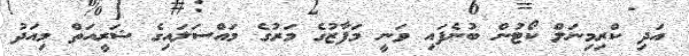
އަދި ކްރިމިނަލް ކޯޓުން ބުނެފައި ވަނީ މަފާޒުގެ މަރުގެ މައްސަލައިގެ ޝަރީއަތް މިއަދު